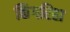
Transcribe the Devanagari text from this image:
किंगरिहा